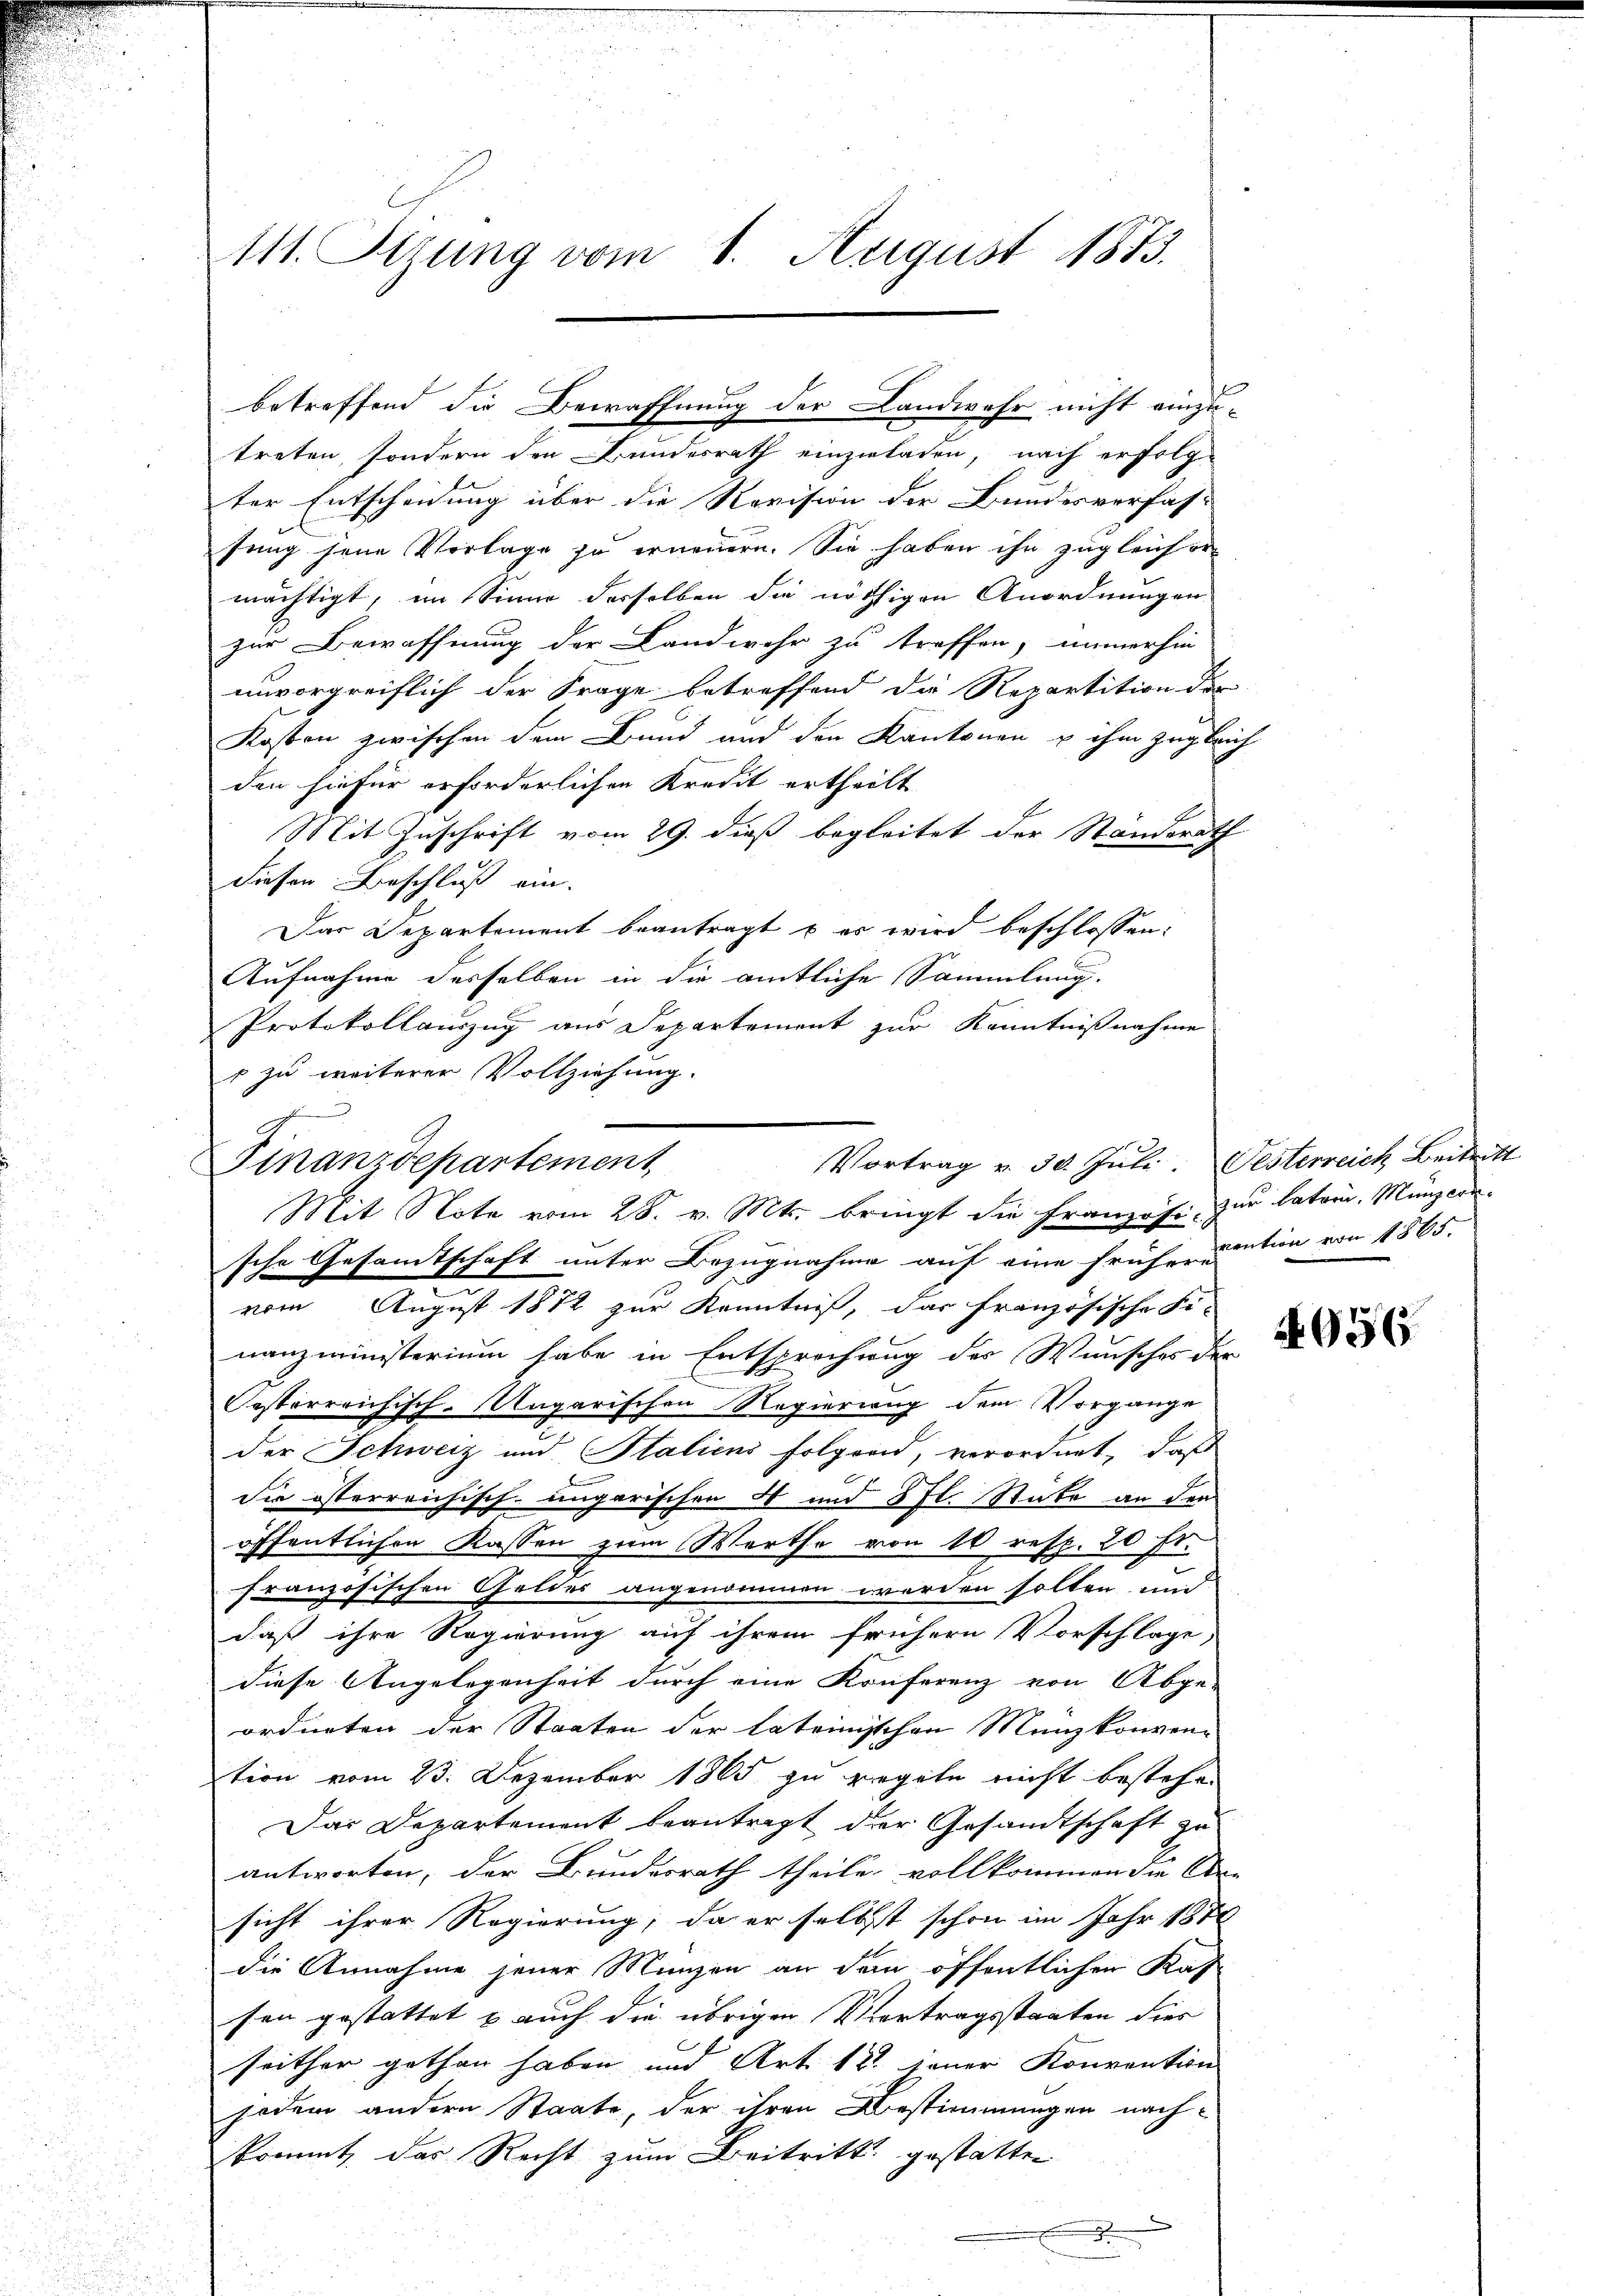
d

111. Stung vom 1. August 1873.

treten, sondern der Bundesrath einzuladen, nach erfolg-
ter Entscheidung über die Revision der Bundesverfas-
fung seine Vorlage zu erneuern. Sie haben ihn zugleich ermächtigt, im Sinne derselben die nöthigen Anordnungen
zur Bewaffnung der Landwehr zu treffen, immerhin
unvorgreiflich der Frage betreffend die Repartition der
Kosten zwischen dem Bund und den Kantonen u ihm zugleich
den hiefür erforderlichen Kredit ertheilt
Mit Zuschrift vom 29. dieß begleitet der Standerath
diesen Beschluß ein.
Das Departement beantragt u es wird beschlossen:
Aufnahme desselben in die amtliche Sammlung.
Protokollauszug aus Departement zur Kenntnißnahme
+ zu weiterer Vollziehung.
Finanzdepartement
sche Gesamtschaft unter Bezugnahme auf eine früherention von 1865.
vom August 1872 zur Kenntniß, das französische Fi-
nanzministerium habe in Entsprechung des Wunsches der
Oesterreichisch-Magarischen Regierung dem Vorgange
der Schweiz und Staliens folgend, verordnet, daß
die österreichisch-ungarischen 4 und 5 fl. Stücke an den
öffentlichen Kassen zum Werthe von 10 resp. 20 Fr.
französischen Geldes angenommen werden sollen und
daß ihre Regierung auf ihrem frühern Vorschlage,
diese Angelegenheit durch eine Konferenz von Abge-
ordneten der Staaten der lateinischen Münzkonvention vom 23. Dezember 1865 zu regeln nicht bestehen
Das Departement beantragt der Gesandtschaft zu
antworten, der Bundesrath theile, vollkommen die An-
sicht ihrer Regierung, da er selbst schon im Jahr 1871
die Annahme jener Münzen an dem öffentlichen Kas
son gestattet & auch die übrigen Vortragsstaaten dies
seither gothan haben und Art. 12. jener Konvention
jodem andern Staate, der ihren Bestimmungen nach-
krannt, der Recht zum Beitritt. gestatten

betreffend die Bewaffnung der Landwehr nicht einzu-

Vortrag v. 30. Juli. Festerreich Beitritt
Mit Note vom 28. v. Mts. bringt die Französi zur latein. Münzers

956.